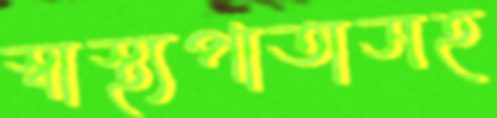
স্বাস্থ্যপাতাসহ